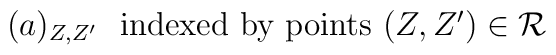
(a)_{Z,Z'}\ \ \mbox{indexed by points $(Z,Z') \in {\cal R}$}